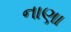
નાણા